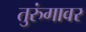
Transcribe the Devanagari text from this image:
तुरुंगावर